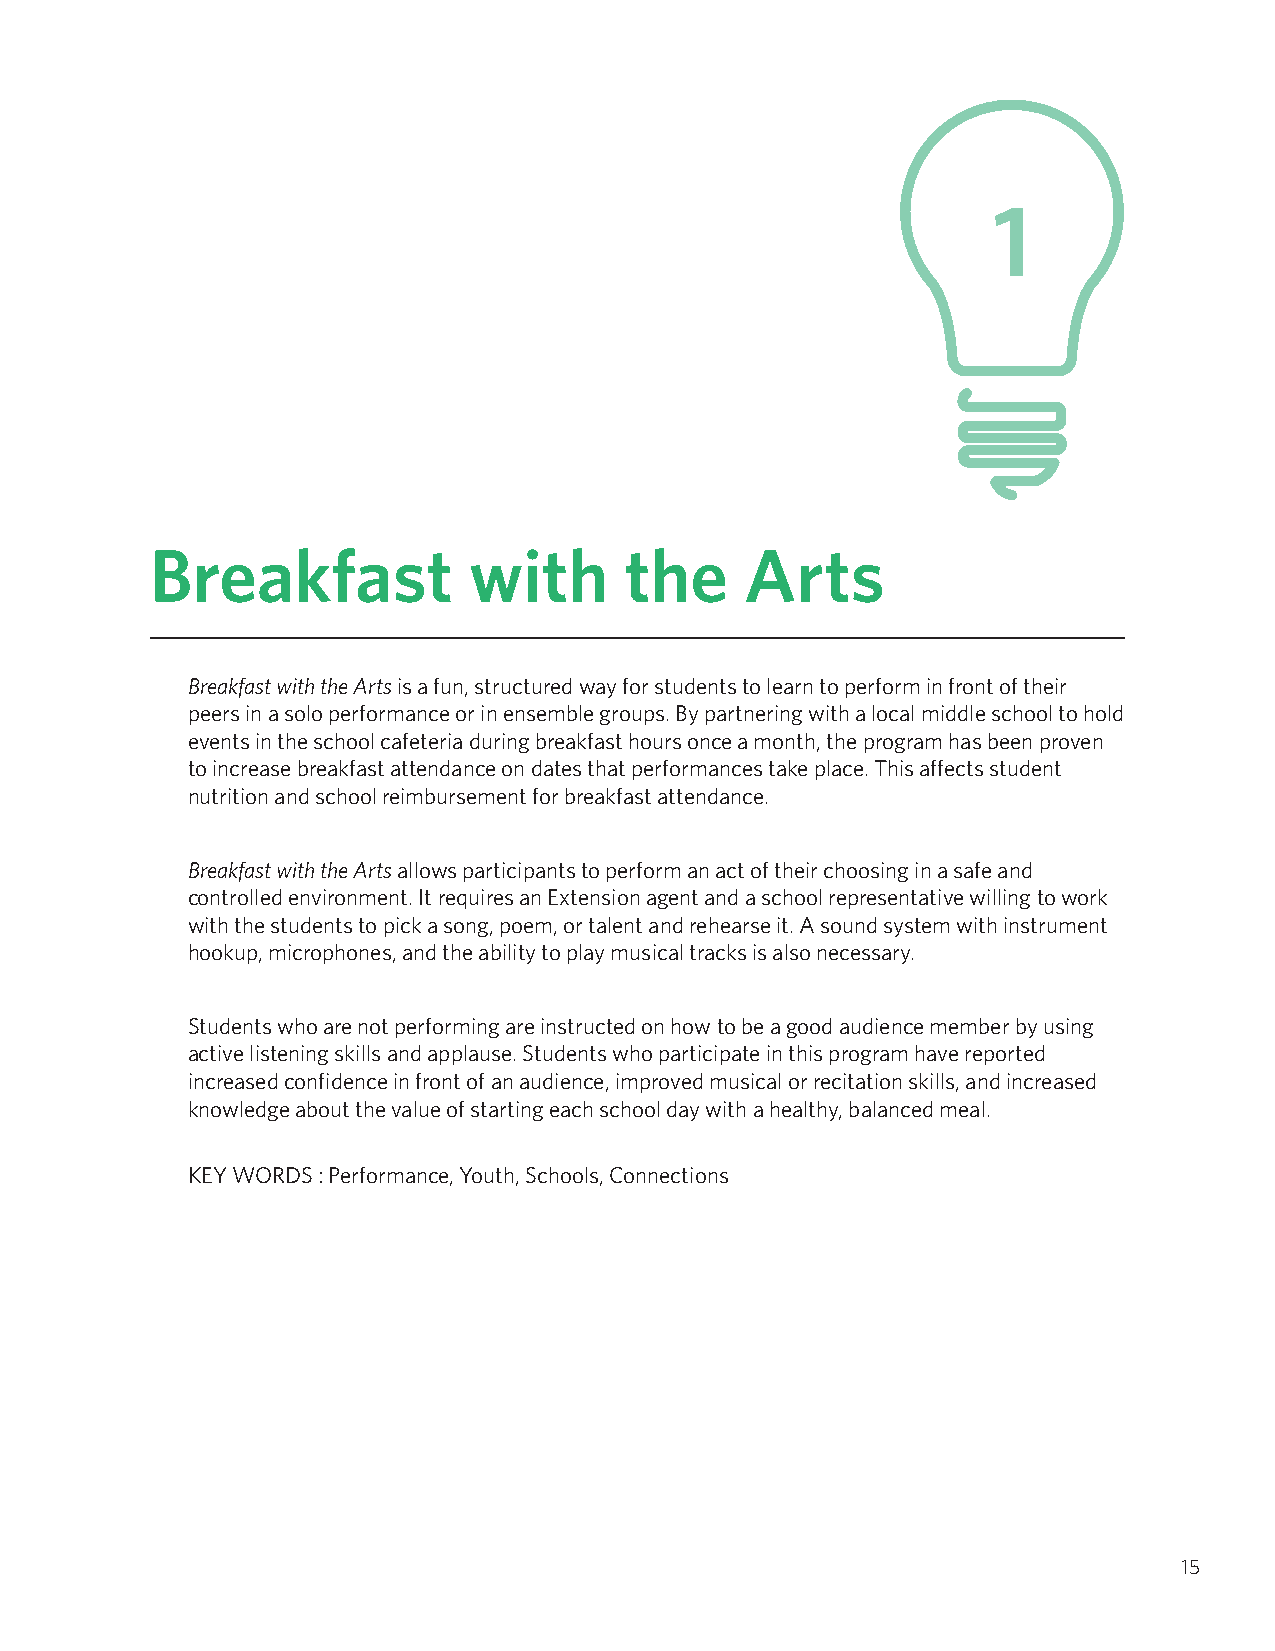
1
 Breakfast            with      the     Arts
 Breakfast with the Arts is a fun, structured way for students to learn to perform in front of their
 peers in a solo performance or in ensemble groups. By partnering with a local middle school to hold
 events in the school cafeteria during breakfast hours once a month, the program has been proven
 to increase breakfast attendance on dates that performances take place. This affects student
 nutrition and school reimbursement for breakfast attendance.
 Breakfast with the Arts allows participants to perform an act of their choosing in a safe and
 controlled environment. It requires an Extension agent and a school representative willing to work
 with the students to pick a song, poem, or talent and rehearse it. A sound system with instrument
 hookup, microphones, and the ability to play musical tracks is also necessary.
 Students who are not performing are instructed on how to be a good audience member by using
 active listening skills and applause. Students who participate in this program have reported
 increased confidence in front of an audience, improved musical or recitation skills, and increased
 knowledge about the value of starting each school day with a healthy, balanced meal.
 KEY WORDS : Performance, Youth, Schools, Connections
 15